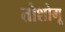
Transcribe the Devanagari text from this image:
तोशोगू